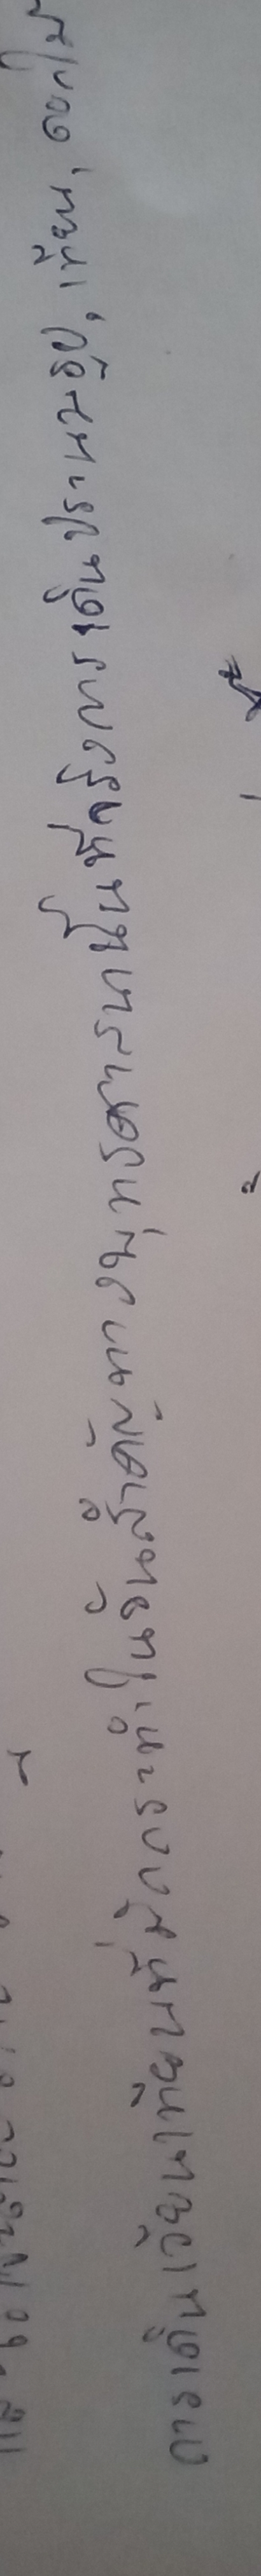
การเดินเวียนเทียนที่มักกระทำในวันสำคัญทางพุทธศาสนานั้นที่จริงการเดินประนมธูป,เทียน,ดอกไม้